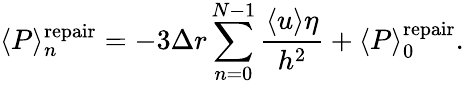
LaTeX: \langle P\rangle_{n}^{\mathrm{repair}}=-3\Delta r\sum_{n=0}^{N-1}\frac{\langle u\rangle\eta}{h^{2}}+\langle P\rangle_{0}^{\mathrm{repair}}.